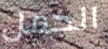
الجمل